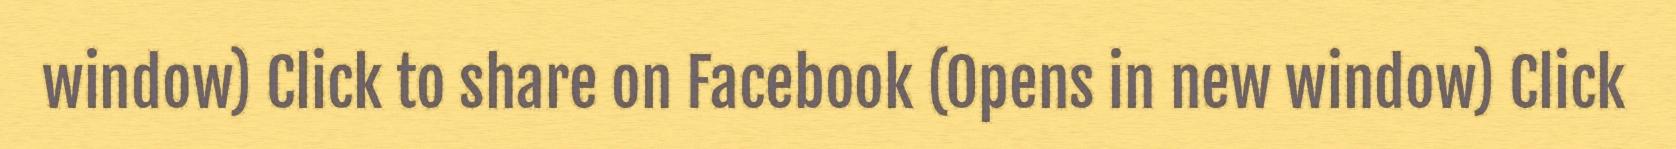
window) Click to share on Facebook (Opens in new window) Click